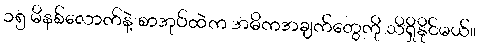
၁၅ မိနစ်လောက်နဲ့ စာအုပ်ထဲက အဓိကအချက်တွေကို သိရှိနိုင်မယ်။